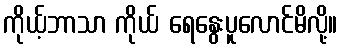
ကိုယ့်ဘာသာ ကိုယ် ရေနွေးပူလောင်မိလို့။